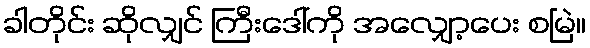
ခါတိုင်း ဆိုလျှင် ကြီးဒေါ်ကို အလျှော့ပေး စမြဲ။